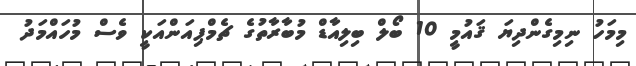
މިމަހު ނިމިގެންދިޔަ ޤައުމީ 10 ބޯލް ބިލިއާޑް މުބާރާތުގެ ޗެމްޕިއަންއަކީ ވެސް މުހައްމަދު